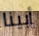
أبينا